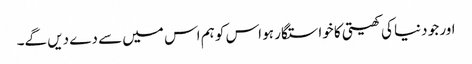
اور جو دنیا کی کھیتی کا خواستگار ہو اس کو ہم اس میں سے دے دیں گے۔